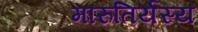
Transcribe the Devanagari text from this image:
मारुतिर्यस्य